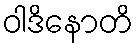
ဝါဒိနောတိ